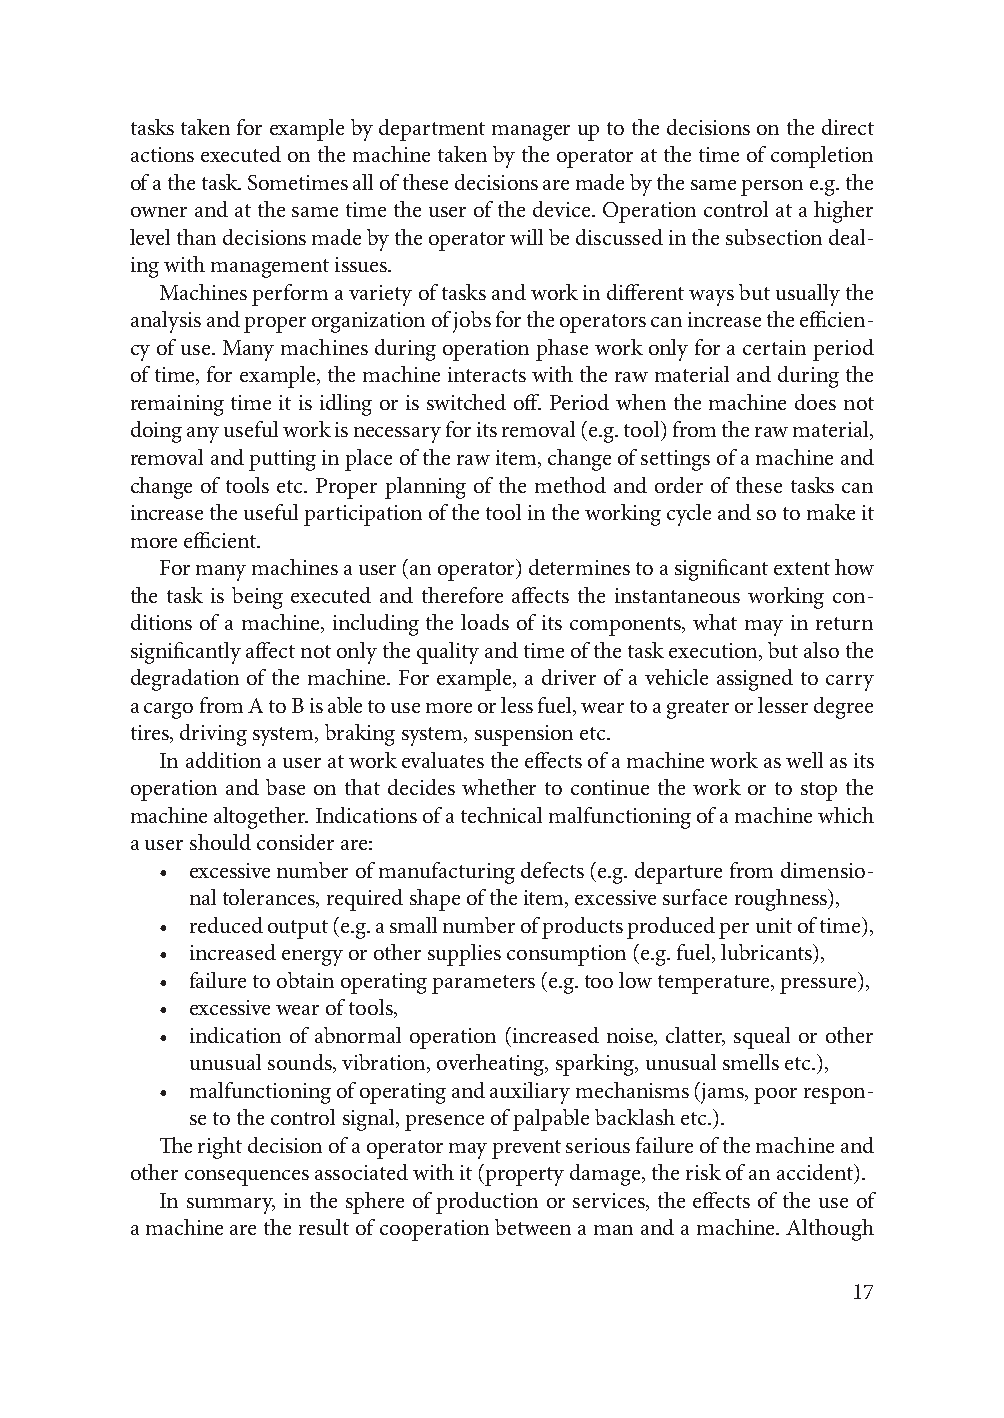
tasks taken for example by department manager up to the decisions on the direct
 actions executed on the machine taken by the operator at the time of completion
 of a the task. Sometimes all of these decisions are made by the same person e.g. the
 owner and at the same time the user of the device. Operation control at a higher
 level than decisions made by the operator will be discussed in the subsection deal-
 ing with management issues.
 Machines perform a variety of tasks and work in different ways but usually the
 analysis and proper organization of jobs for the operators can increase the efficien-
 cy of use. Many machines during operation phase work only for a certain period
 of time, for example, the machine interacts with the raw material and during the
 remaining time it is idling or is switched off. Period when the machine does not
 doing any useful work is necessary for its removal (e.g. tool) from the raw material,
 removal and putting in place of the raw item, change of settings of a machine and
 change of tools etc. Proper planning of the method and order of these tasks can
 increase the useful participation of the tool in the working cycle and so to make it
 more efficient.
 For many machines a user (an operator) determines to a significant extent how
 the task is being executed and therefore affects the instantaneous working con-
 ditions of a machine, including the loads of its components, what may in return
 significantly affect not only the quality and time of the task execution, but also the
 degradation of the machine. For example, a driver of a vehicle assigned to carry
 a cargo from A to B is able to use more or less fuel, wear to a greater or lesser degree
 tires, driving system, braking system, suspension etc.
 In addition a user at work evaluates the effects of a machine work as well as its
 operation and base on that decides whether to continue the work or to stop the
 machine altogether. Indications of a technical malfunctioning of a machine which
 a user should consider are:
 • excessive number of manufacturing defects (e.g. departure from dimensio-
 nal tolerances, required shape of the item, excessive surface roughness),
 • reduced output (e.g. a small number of products produced per unit of time),
 • increased energy or other supplies consumption (e.g. fuel, lubricants),
 • failure to obtain operating parameters (e.g. too low temperature, pressure),
 • excessive wear of tools,
 • indication of abnormal operation (increased noise, clatter, squeal or other
 unusual sounds, vibration, overheating, sparking, unusual smells etc.),
 • malfunctioning of operating and auxiliary mechanisms (jams, poor respon-
 se to the control signal, presence of palpable backlash etc.).
 The right decision of a operator may prevent serious failure of the machine and
 other consequences associated with it (property damage, the risk of an accident).
 In summary, in the sphere of production or services, the effects of the use of
 a machine are the result of cooperation between a man and a machine. Although
 17